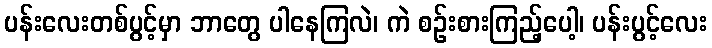
ပန်းလေးတစ်ပွင့်မှာ ဘာတွေ ပါနေကြလဲ၊ ကဲ စဉ်းစားကြည့်ပေါ့၊ ပန်းပွင့်လေး